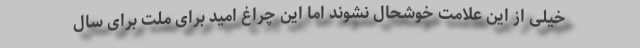
خیلی از این علامت خوشحال نشوند اما این چراغ امید برای ملت برای سال